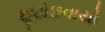
છૂટોછવાયો